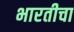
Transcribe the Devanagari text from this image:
भारतीचा